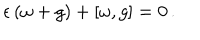
\epsilon \, ( \omega + g ) + [ \omega , g ] = 0 \, .